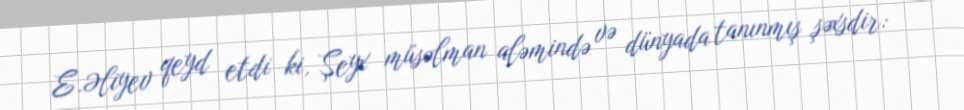
E.Əliyev qeyd etdi ki, Şeyx müsəlman aləmində və dünyada tanınmış şəxsdir: